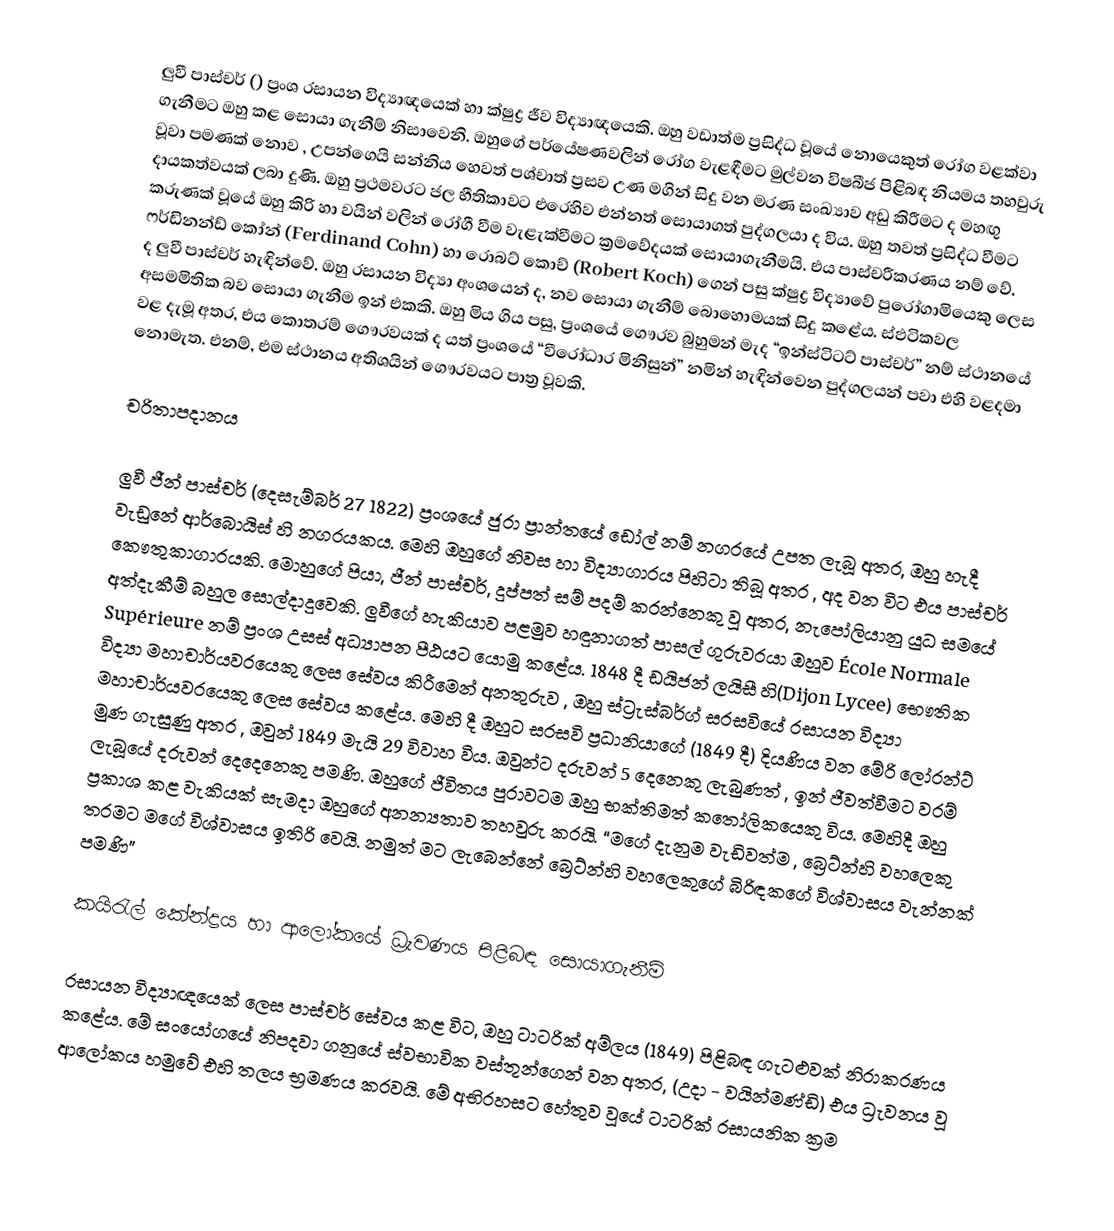
ලුවී පාස්චර් () ප්‍රංශ රසායන විද්‍යාඥයෙක් හා ක්ෂුද්‍ර ජීව විද්‍යාඥයෙකි. ඔහු වඩාත්ම ප්‍රසිද්ධ වූයේ නොයෙකුත් රෝග වළක්වා ගැනීමට ඔහු කළ සොයා ගැනීම් නිසාවෙනි. ඔහුගේ පර්යේෂණවලින් රෝග වැළඳීමට මුල්වන විෂබීජ පිළිබඳ නියමය තහවුරු වූවා පමණක් නොව , උපන්ගෙයි සන්නිය හෙවත් පශ්චාත් ප්‍රසව උණ මගින් සිදු වන මරණ සංඛ්‍යාව අඩු කිරීමට ද මහඟු දායකත්වයක් ලබා දුණි. ඔහු ප්‍රථමවරට ජල භීතිකාවට එරෙහිව එන්නත් සොයාගත් පුද්ගලයා ද විය. ඔහු තවත් ප්‍රසිද්ධ වීමට කරුණක් වූයේ ඔහු කිරි හා වයින් වලින් රෝගී වීම වැළැක්වීමට ක්‍රමවේදයක් සොයාගැනීමයි. එය පාස්චරීකරණය නම් වේ. ෆර්ඩිනන්ඩ් කෝන් (Ferdinand Cohn) හා රොබට් කොච් (Robert Koch) ගෙන් පසු ක්ෂුද්‍ර විද්‍යාවේ පුරෝගාමියෙකු ලෙස ද ලුවී පාස්චර් හැඳින්වේ. ඔහු රසායන විද්‍යා අංශයෙන් ද, නව සොයා ගැනීම් බොහොමයක් සිදු කළේය. ස්ඵටිකවල අසමමිතික බව සොයා ගැනීම ඉන් එකකි. ඔහු මිය ගිය පසු, ප්‍රංශයේ ගෞරව බුහුමන් මැද “ඉන්ස්ටිටට් පාස්චර්” නම් ස්ථානයේ වළ දැමූ අතර, එය කොතරම් ගෞරවයක් ද යත් ප්‍රංශයේ “වීරෝධාර මිනිසුන්” නමින් හැඳින්වෙන පුද්ගලයන් පවා එහි වළදමා නොමැත. එනම්, එම ස්ථානය අතිශයින් ගෞරවයට පාත්‍ර වූවකි.

චරිතාපදානය

ලුවී ජීන් පාස්චර් (දෙසැම්බර් 27 1822) ප්‍රංශයේ ජුරා ප්‍රාන්තයේ ඩෝල් නම් නගරයේ උපත ලැබූ අතර, ඔහු හැදී වැඩුනේ ආර්බොයිස් හි නගරයකය. මෙහි ඔහුගේ නිවස හා විද්‍යාගාරය පිහිටා තිබූ අතර , අද වන විට එය පාස්චර් කෞතුකාගාරයකි. මොහුගේ පියා, ජීන් පාස්චර්, දුප්පත් සම් පදම් කරන්නෙකු වූ අතර, නැපෝලියානු යුධ සමයේ අත්දැකීම් බහුල සොල්දාදුවෙකි. ලුවීගේ හැකියාව පළමුව හඳුනාගත් පාසල් ගුරුවරයා ඔහුව École Normale Supérieure නම් ප්‍රංශ උසස් අධ්‍යාපන පීඨයට යොමු කළේය. 1848 දී ඩයිජන් ලයිසී හි(Dijon Lycee) භෞතික විද්‍යා මහාචාර්යවරයෙකු ලෙස සේවය කිරීමෙන් අනතුරුව , ඔහු ස්ට්‍රැස්‍බර්ග් සරසවියේ රසායන විද්‍යා මහාචාර්යවරයෙකු ලෙස සේවය කළේය. මෙහි දී ඔහුට සරසවි ප්‍රධානියාගේ (1849 දී) දියණිය වන මේරි ලෝරන්ට් මුණ ගැසුණු අතර , ඔවුන් 1849 මැයි 29 විවාහ විය. ඔවුන්ට දරුවන් 5 දෙනෙකු ලැබුණත් , ඉන් ජීවත්වීමට වරම් ලැබූයේ දරුවන් දෙදෙනෙකු පමණි. ඔහුගේ ජීවිතය පුරාවටම ඔහු භක්තිමත් කතෝලිකයෙකු විය. මෙහිදී ඔහු ප්‍රකාශ කළ වැකියක් සැමදා ඔහුගේ අනන්‍යතාව තහවුරු කරයි. “මගේ දැනුම වැඩිවත්ම , බ්‍රෙට්න්හි වහලෙකු තරමට මගේ විශ්වාසය ඉතිරි වෙයි. නමුත් ‍මට ලැබෙන්නේ බ්‍රෙට්න්හි වහලෙකුගේ බිරිඳකගේ විශ්වාසය වැන්නක් ‍පමණි”

කයිරැල් කේන්ද්‍රය හා ආලෝකයේ ධ්‍රැවණය පිළිබඳ සොයාගැනීම්

රසායන විද්‍යාඥයෙක් ලෙස පාස්චර් සේවය කළ විට, ඔහු ටාටරික් අම්ලය (1849) පිළිබඳ ගැටළුවක් නිරාකරණය කළේය. මේ සංයෝගයේ නිපදවා ගනුයේ ස්වභාවික වස්තූන්ගෙන් වන අතර, (උදා - වයින්මණ්ඩි) එය ධ්‍රැවනය වූ ආලෝකය හමුවේ එහි තලය භ්‍රමණය කරවයි. මේ අභිරහසට හේතුව වූයේ ටාටරික් රසායනික ක්‍රම